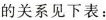
的关系见下表：